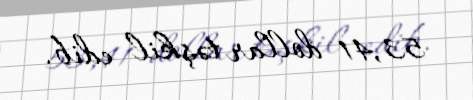
53,41 dollar təşkil edib.